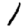
Digit: 1